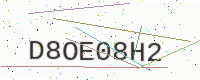
Text: D8OE08H2